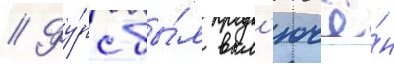
// Фу́рс бы́л вкл'ючё́н